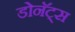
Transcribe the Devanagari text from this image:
डोनॅट्स